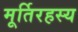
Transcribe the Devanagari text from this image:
मूर्तिरहस्य